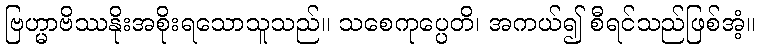
ဗြဟ္မာဗိဿနိုးအစိုးရသောသူသည်။ သစေကုပ္ပေတိ၊ အကယ်၍ စီရင်သည်ဖြစ်အံ့။